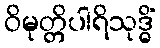
ဝိမုတ္တိပါရိသုဒ္ဓိံ